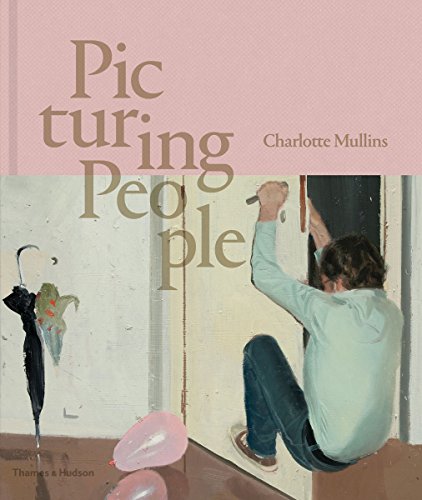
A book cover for Picturing People: The New State of the Art; Charlotte Mullins; Arts & Photography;